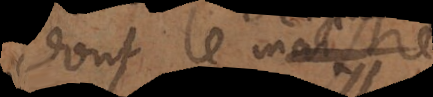
dont le maistre